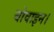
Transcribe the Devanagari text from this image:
बोवाइन।